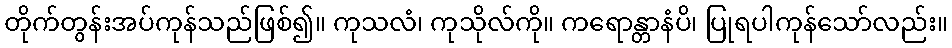
တိုက်တွန်းအပ်ကုန်သည်ဖြစ်၍။ ကုသလံ၊ ကုသိုလ်ကို။ ကရောန္တာနံပိ၊ ပြုရပါကုန်သော်လည်း။